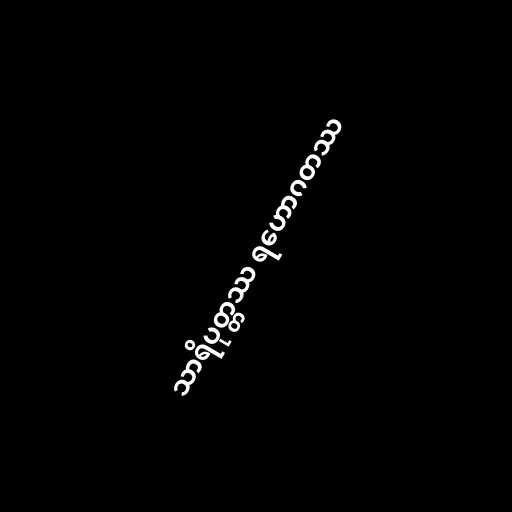
သာရိပုတ္တဿ ရဟောဂတဿ